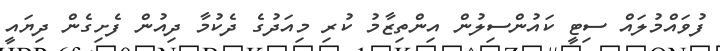
ފުވައްމުލައް ސިޓީ ކައުންސިލުން އިންތިޒާމު ކުރި މިއަދުގެ ދެކުމާ ދިއުން ފެށިގެން ދިޔައީ